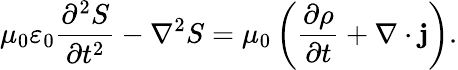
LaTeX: \mu_{0}\varepsilon_{0}\frac{\partial^{2}S}{\partial t^{2}}-\nabla^{2}S=\mu_{0}\left(\frac{\partial\rho}{\partial t}+\nabla\cdot\mathbf{j}\right).